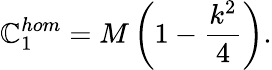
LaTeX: \mathbb{C}_{1}^{hom}=M\left(1-\frac{{k^{2}}}{{4}}\right).